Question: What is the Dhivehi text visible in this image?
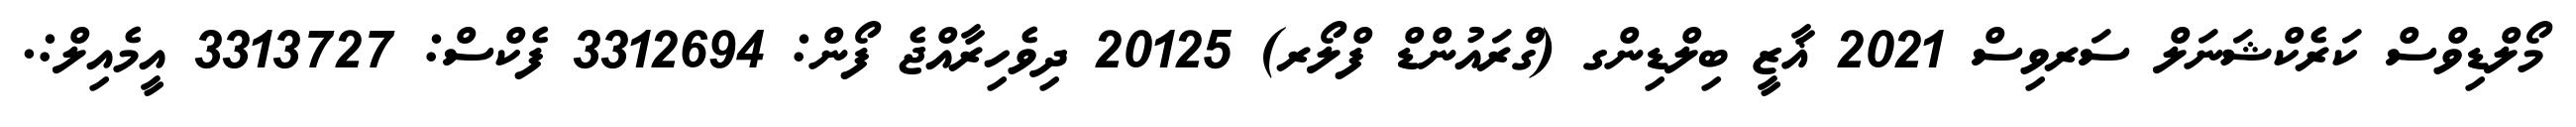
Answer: މޯލްޑިވްސް ކަރެކްޝަނަލް ސަރވިސް 2021 ޣާޒީ ބިލްޑިންގ (ގްރައުންޑް ފްލޯރ) 20125 ދިވެހިރާއްޖެ ފޯން: 3312694 ފެކްސް: 3313727 އީމެއިލް:.